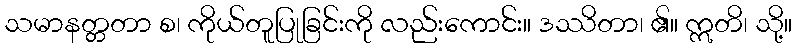
သမာနတ္တတာ စ၊ ကိုယ်တူပြုခြင်းကို လည်းကောင်း။ ဒဿိတာ၊ ၏။ ဣတိ၊ သို့။